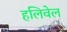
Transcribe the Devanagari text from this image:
हलिवेल